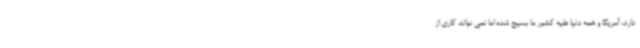
دارد، آمریکا و همه دنیا علیه کشور ما بسیج شده اما نمی تواند کاری از